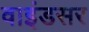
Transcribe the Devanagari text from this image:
वाइंडसर